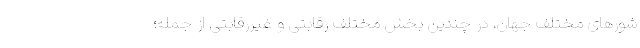
شورهای مختلف جهان، در چندین بخش مختلف رقابتی و غیررقابتی از جمله؛